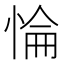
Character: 惀